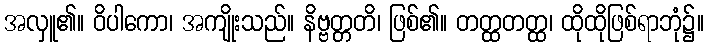
အလှူ၏။ ဝိပါကော၊ အကျိုးသည်။ နိဗ္ဗတ္တတိ၊ ဖြစ်၏။ တတ္ထတတ္ထ၊ ထိုထိုဖြစ်ရာဘုံ၌။